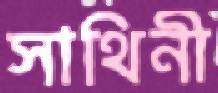
সাথিনী